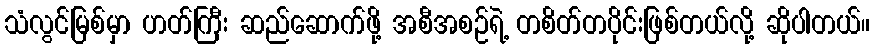
သံလွင်မြစ်မှာ ဟတ်ကြီး ဆည်ဆောက်ဖို့ အစီအစဉ်ရဲ့ တစိတ်တပိုင်းဖြစ်တယ်လို့ ဆိုပါတယ်။